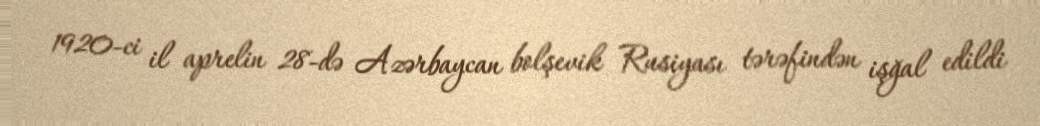
1920-ci il aprelin 28-də Azərbaycan bolşevik Rusiyası tərəfindən işğal edildi